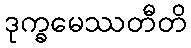
ဒုက္ခမေဿတီတိ